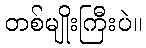
တစ်မျိုးကြီးပဲ။